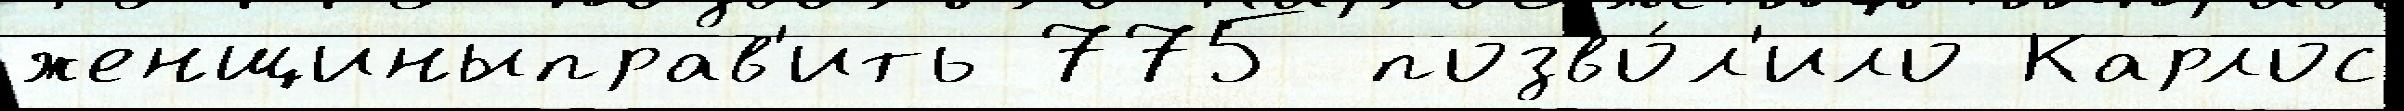
женщиныправ'ить 775 позво́л'ило Карлос